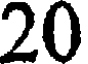
20